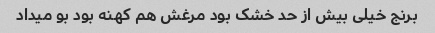
برنج خیلی بیش از حد خشک بود مرغش هم کهنه بود بو میداد